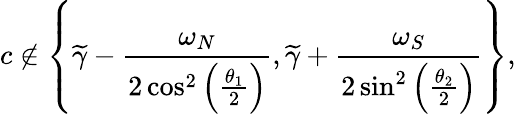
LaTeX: c\not\in\left\lbrace\widetilde{\gamma}-\frac{\omega_{N}}{2\cos^{2}\left(\frac{\theta_{1}}{2}\right)},\widetilde{\gamma}+\frac{\omega_{S}}{2\sin^{2}\left(\frac{\theta_{2}}{2}\right)}\right\rbrace,